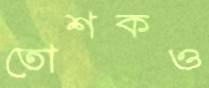
তোশকও